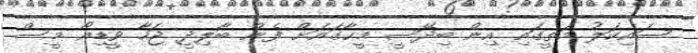
ސައިކަލު މަތީގައި އިން ބިދޭސީ މީހާގައަށް ފެން ބާލިދީ ޖަހާ ވީޑިއޯ މީސް